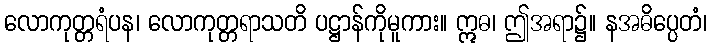
လောကုတ္တရံပန၊ လောကုတ္တရာသတိ ပဋ္ဌာန်ကိုမူကား။ ဣဓ၊ ဤအရာ၌။ နအဓိပ္ပေတံ၊